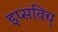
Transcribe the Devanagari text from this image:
इप्सविच्‌